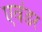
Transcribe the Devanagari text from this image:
एवंडर